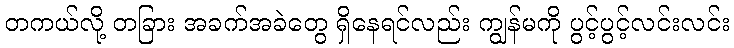
တကယ်လို့ တခြား အခက်အခဲတွေ ရှိနေရင်လည်း ကျွန်မကို ပွင့်ပွင့်လင်းလင်း